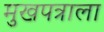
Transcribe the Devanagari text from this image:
मुखपत्राला